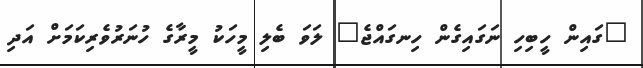
"ގައިން ހީބިހި ނަގައިގެން ހިނގައްޖެ" ލަވަ ބެލި މީހަކު މީރާގެ ހުނަރުވެރިކަމަށް އަދި